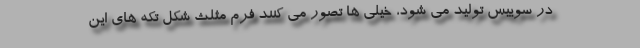
در سوییس تولید می شود، خیلی ها تصور می کنند فرم مثلث شکل تکه های این